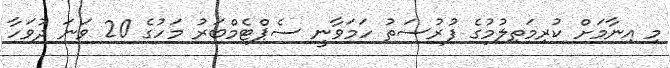
މި އިނާމަށް ކުރިމަތިލުމުގެ ފުރުސަތު ހަމަވާނީ ސެޕްޓެމްބަރު މަހުގެ 20 ވަނަ ދުވަހާ